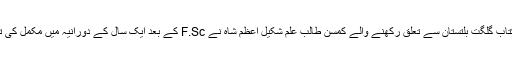
یہ کتاب گلگت بلتستان سے تعلق رکھنے والے کمسن طالب علم شکیل اعظم شاہ نے F.Sc کے بعد ایک سال کے دورانیہ میں مکمل کی تھی۔